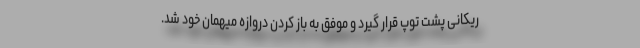
ریکانی پشت توپ قرار گیرد و موفق به باز کردن دروازه میهمان خود شد.